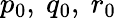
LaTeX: p_{0},~q_{0},~r_{0}